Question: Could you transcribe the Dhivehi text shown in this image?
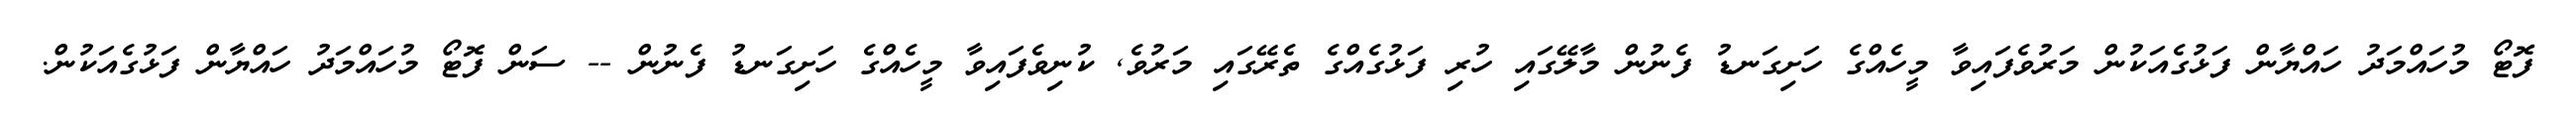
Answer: ފޮޓޯ މުހައްމަދު ހައްޔާން ފަޅުގެއަކުން މަރުވެފައިވާ މީހެއްގެ ހަށިގަނޑު ފެނުން މާލޭގައި ހުރި ފަޅުގެއްގެ ތެރޭގައި މަރުވެ, ކުނިވެފައިވާ މީހެއްގެ ހަށިގަނޑު ފެނުން -- ސަން ފޮޓޯ މުހައްމަދު ހައްޔާން ފަޅުގެއަކުން.